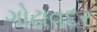
ગોઢાવદર